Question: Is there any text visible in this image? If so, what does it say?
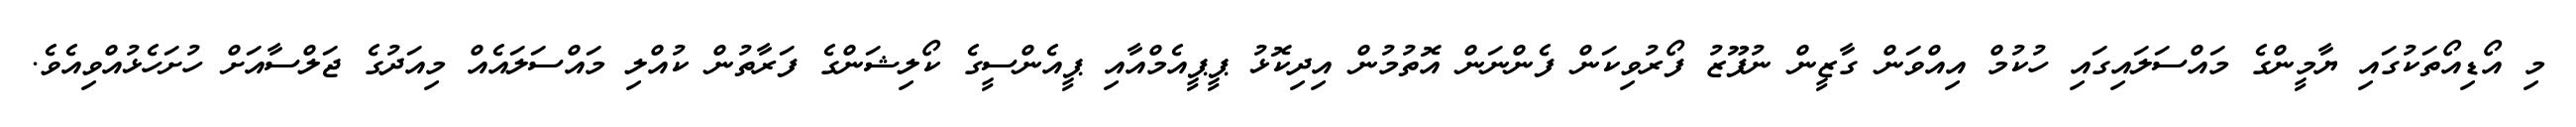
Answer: މި އޯޑިއޯތަކުގައި ޔާމީންގެ މައްސަލައިގައި ހުކުމް އިއްވަން ގާޒީން ނުފޫޒު ފޯރުވިކަން ފެންނަން އޮތުމުން އިދިކޮޅު ޕީޕީއެމްއާއި ޕީއެންސީގެ ކޯލިޝަންގެ ފަރާތުން ކުއްލި މައްސަލައެއް މިއަދުގެ ޖަލްސާއަށް ހުށަހެޅުއްވިއެވެ.